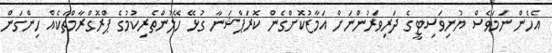
އެހެން ނަމަވެސް ޔުނިވަސިޓީގެ ދަރިވަރުންނަށް އަމާޒުކޮށްގެން ކޮރަޕްޝަނާ ގުޅޭ ހޭލުންތެރިކުުމުގެ ޕްރޮގްރާމްތަކެއް ހިންގަން